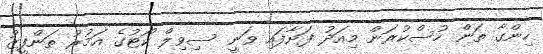
ހިންގާ ތަން ހުސްކުރަން މިއަދު ފަށާފައި ވަނީ ސިވިލް ކޯޓުގެ އަމުރު ތަންފީޒު